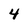
Character: 4